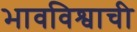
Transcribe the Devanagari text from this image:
भावविश्वाची